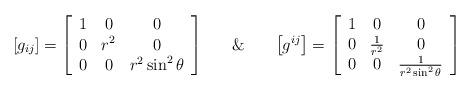
LaTeX: \begin{align*}\left[g_{ij}\right]=\left[\begin{array}{ccc}1 & 0 & 0\\0 & r^{2} & 0\\0 & 0 & r^{2}\sin^{2}\theta\end{array}\right]\,\,\,\,\,\,\,\,\,\,\&\,\,\,\,\,\,\,\,\,\,\left[g^{ij}\right]=\left[\begin{array}{ccc}1 & 0 & 0\\0 & \frac{1}{r^{2}} & 0\\0 & 0 & \frac{1}{r^{2}\sin^{2}\theta}\end{array}\right]\end{align*}